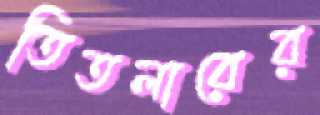
তিতলারের